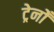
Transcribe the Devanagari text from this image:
ट्रेनोँ